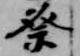
祭